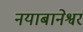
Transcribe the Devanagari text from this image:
नयाबानेश्वर